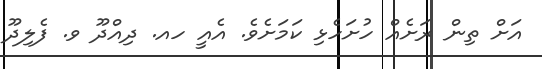
އަށް ތިން ރަށެއް ހުށަހެޅި ކަމަށެވެ. އެއީ ހއ. ދިއްދޫ ވ. ފެލިދޫ